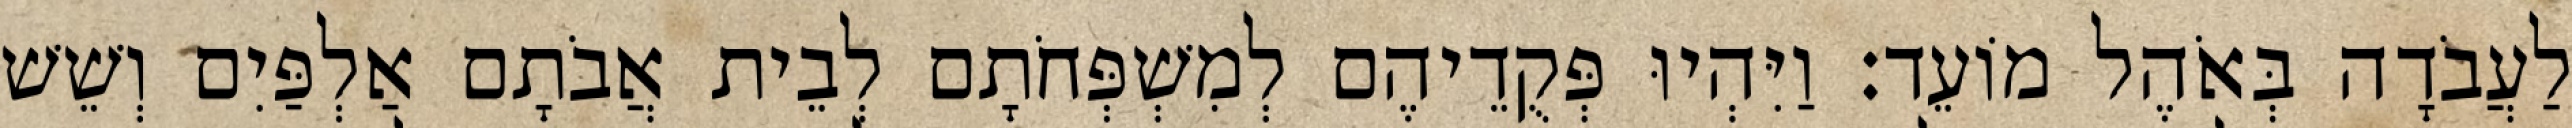
לַעֲבֹדָה בְּאֹהֶל מוֹעֵד׃ וַיִּהְיוּ פְּקֻדֵיהֶם לְמִשְׁפְּחֹתָם לְבֵית אֲבֹתָם אַלְפַּיִם וְשֵׁשׁ